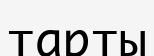
тарты